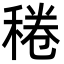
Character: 䅚